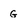
Character: G